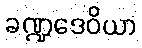
ခဏ္ဍဒေဝိယာ